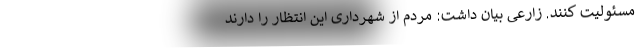
مسئولیت کنند. زارعی بیان داشت: مردم از شهرداری این انتظار را دارند